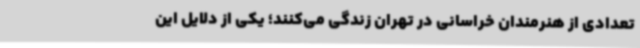
تعدادی از هنرمندان خراسانی در تهران زندگی می‌کنند؛ یکی از دلایل این